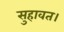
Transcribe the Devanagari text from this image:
सुहावत।